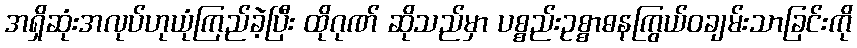
အရှိဆုံးအလုပ်ဟုယုံကြည်ခဲ့ပြီး ထိုဂုဏ် ဆိုသည်မှာ ပစ္စည်းဥစ္စာဓနကြွယ်ဝချမ်းသာခြင်းကို